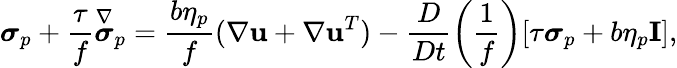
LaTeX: \boldsymbol{\sigma}_{p}+\frac{\tau}{f}\overset{\nabla}{\boldsymbol{\sigma}}_{p}=\frac{b\eta_{p}}{f}(\nabla\mathbf{u}+\nabla\mathbf{u}^{T})-\frac{D}{Dt}\left(\frac{1}{f}\right)[\tau\boldsymbol{\sigma}_{p}+b\eta_{p}\mathbf{I}],